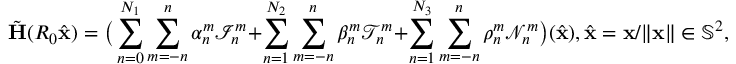
\tilde { \mathbf { H } } ( R _ { 0 } \hat { \mathbf { x } } ) = \big ( \sum _ { n = 0 } ^ { N _ { 1 } } \sum _ { m = - n } ^ { n } \alpha _ { n } ^ { m } \mathcal { I } _ { n } ^ { m } + \sum _ { n = 1 } ^ { N _ { 2 } } \sum _ { m = - n } ^ { n } \beta _ { n } ^ { m } \mathcal { T } _ { n } ^ { m } + \sum _ { n = 1 } ^ { N _ { 3 } } \sum _ { m = - n } ^ { n } \rho _ { n } ^ { m } \mathcal { N } _ { n } ^ { m } \big ) ( \hat { \mathbf { x } } ) , \hat { \mathbf { x } } = \mathbf { x } / \| \mathbf { x } \| \in \mathbb { S } ^ { 2 } ,